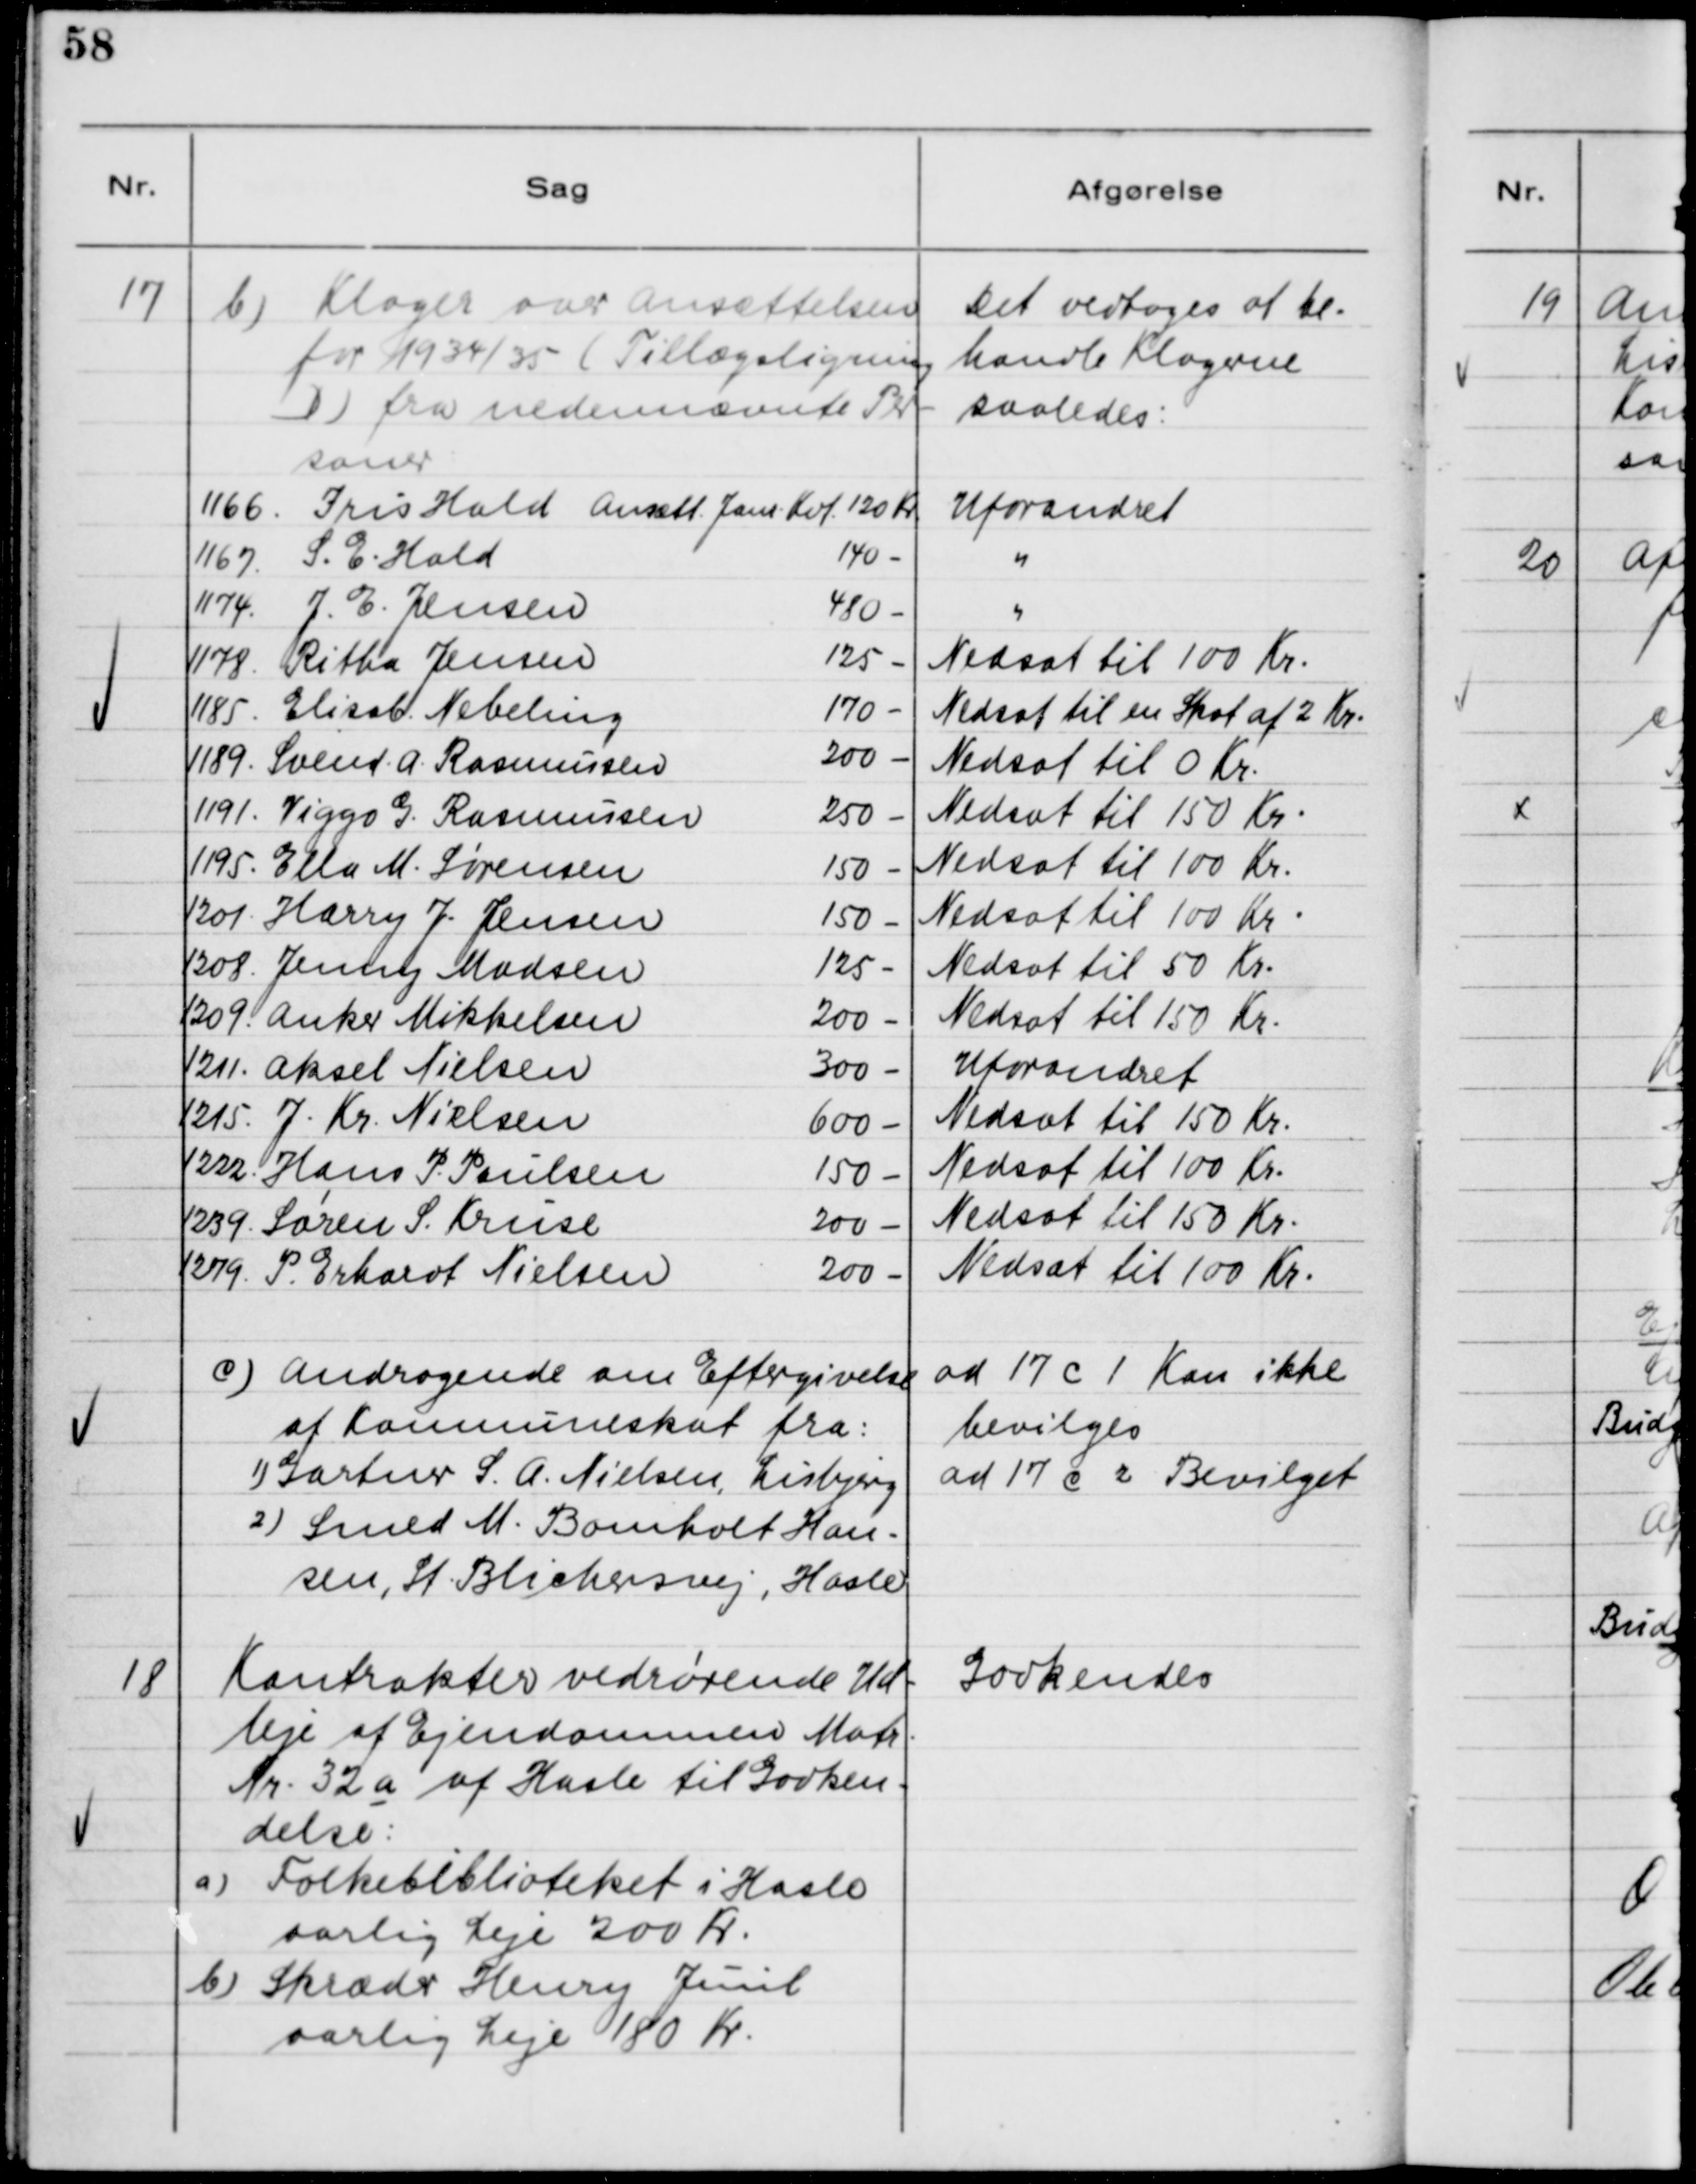
Transskription:
17

b) Klager over Ansættelsen
for 1934/35 (Tillægsligning
d) fra nedennævnte Per-
soner

Det vedtoges at be-
handle Klagerne
saaledes:

c) Andragende om Eftergivelse
af Kommuneskat fra:
1) Gartner S. A. Nielsen, Lisbjerg
2) Smed M. Bomholt Han-
sen, St. Blichersvej, Hasle

ad 17 C 1 Kan ikke
bevilges
ad 17 C 2 Bevilget

18

Kontrakter vedrørende Ud-
leje af Ejendommen Matr.
Nr. 32 a af Hasle til Godken-
delse:
a)Folkebiblioteket i Hasle
aarlig Leje 200 Kr.
b) Skræder Henry Juul
aarlig Leje 180 Kr.

Godkendes